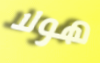
هولا